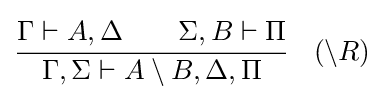
{\cfrac {\Gamma \vdash A,\Delta \qquad \Sigma ,B\vdash \Pi }{\Gamma ,\Sigma \vdash A\setminus B,\Delta ,\Pi }}\quad ({\setminus }R)